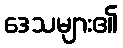
ဒေသများ၏